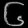
Digit: ၆